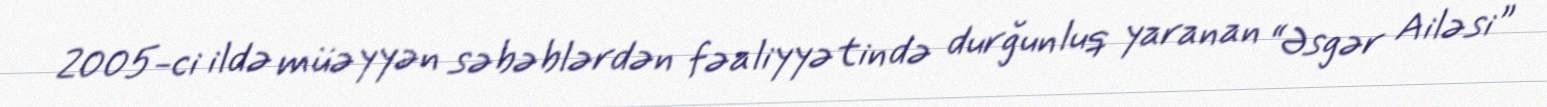
2005-ci ildə müəyyən səbəblərdən fəaliyyətində durğunluq yaranan “Əsgər Ailəsi”